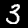
Digit: 3